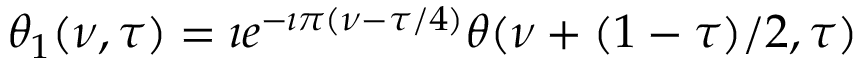
\theta _ { 1 } ( \nu , \tau ) = \imath e ^ { - \imath \pi ( \nu - \tau / 4 ) } \theta ( \nu + ( 1 - \tau ) / 2 , \tau )